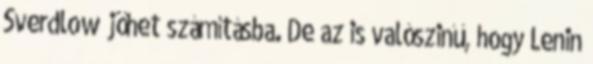
Sverdlow jöhet számításba. De az is valószinű, hogy Lenin